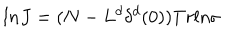
l n J = ( N - L ^ { d } \delta ^ { d } ( 0 ) ) T r l n \sigma